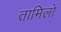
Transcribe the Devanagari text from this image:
तामिलो